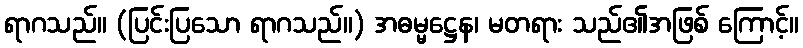
ရာဂသည်။ (ပြင်းပြသော ရာဂသည်။) အဓမ္မဋ္ဌေန၊ မတရား သည်၏အဖြစ် ကြောင့်။